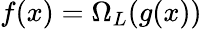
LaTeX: f(x)=\Omega_{L}(g(x))